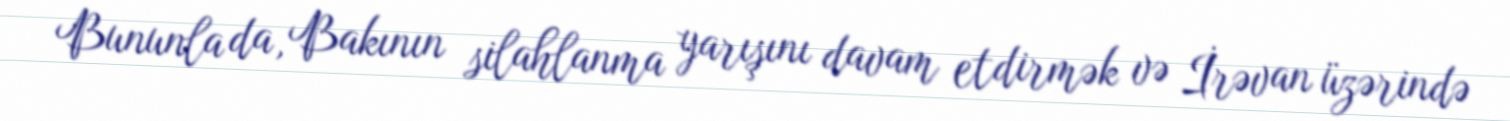
Bununla da, Bakının silahlanma yarışını davam etdirmək və İrəvan üzərində